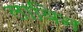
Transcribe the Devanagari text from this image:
लाविन